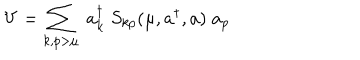
LaTeX: V = \sum _ { k , p > \mu } \; a _ { k } ^ { \dagger } \; S _ { k p } ( \mu , a ^ { \dagger } , a ) \; a _ { p }